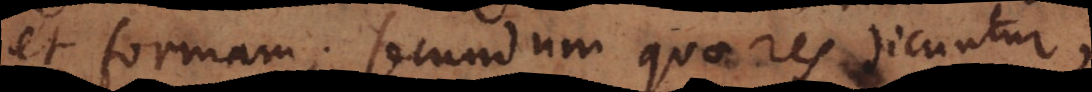
et formam; secundum quae res dicuntur,